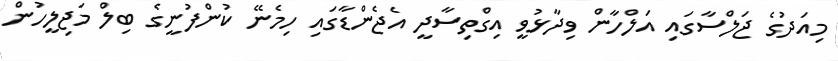
މިއަދުގެ ޖަލްސާގައި އަލްހާން ވިދާޅުވީ އިގްތިސާދީ އެޖެންޑާގައި ހިމެނޭ ކުންފުނީގެ ބިލް މަޖިލީހުން